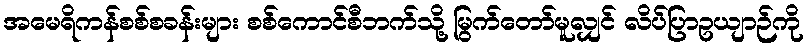
အမေရိကန်စစ်စခန်းများ စစ်ကောင်စီဘက်သို့ မြွက်တော်မူလျှင် လိပ်ပြာဥယျာဉ်ကို